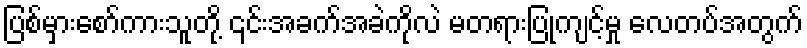
ပြစ်မှားစော်ကားသူတို့ ၎င်းအခက်အခဲကိုလဲ မတရားပြုကျင့်မှု လေတပ်အတွက်